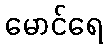
မောင်ရေ